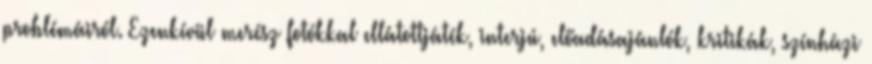
problémáiról. Ezenkívül merész fotókkal ellátottjáték, interjú, előadásajánlók, kritikák, színházi